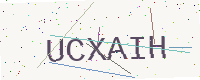
Text: UCXAIH